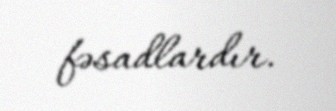
fəsadlardır.